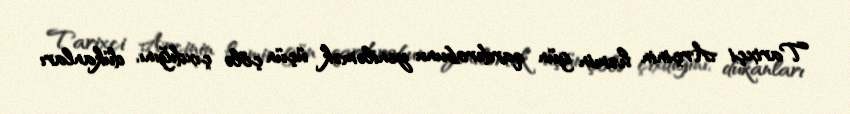
Tarixçi Arçinin həmin gün qarderobunu yeniləmək üçün çölə çıxdığını, dükanları